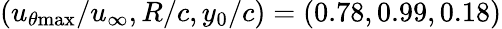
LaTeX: (u_{\theta\mathrm{{max}}}/u_{\infty},R/c,y_{0}/c)=(0.78,0.99,0.18)